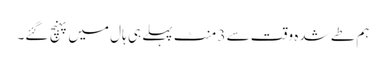
ہم طے شدہ وقت سے 3 منٹ پہلے ہی ہال میں پہنچ گئے۔